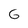
Character: G